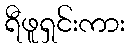
ရီဖူရှင်းကား